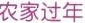
农家过年